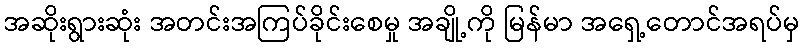
အဆိုးရွားဆုံး အတင်းအကြပ်ခိုင်းစေမှု အချို့ကို မြန်မာ အရှေ့တောင်အရပ်မှ